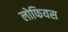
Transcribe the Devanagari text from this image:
लोफियस